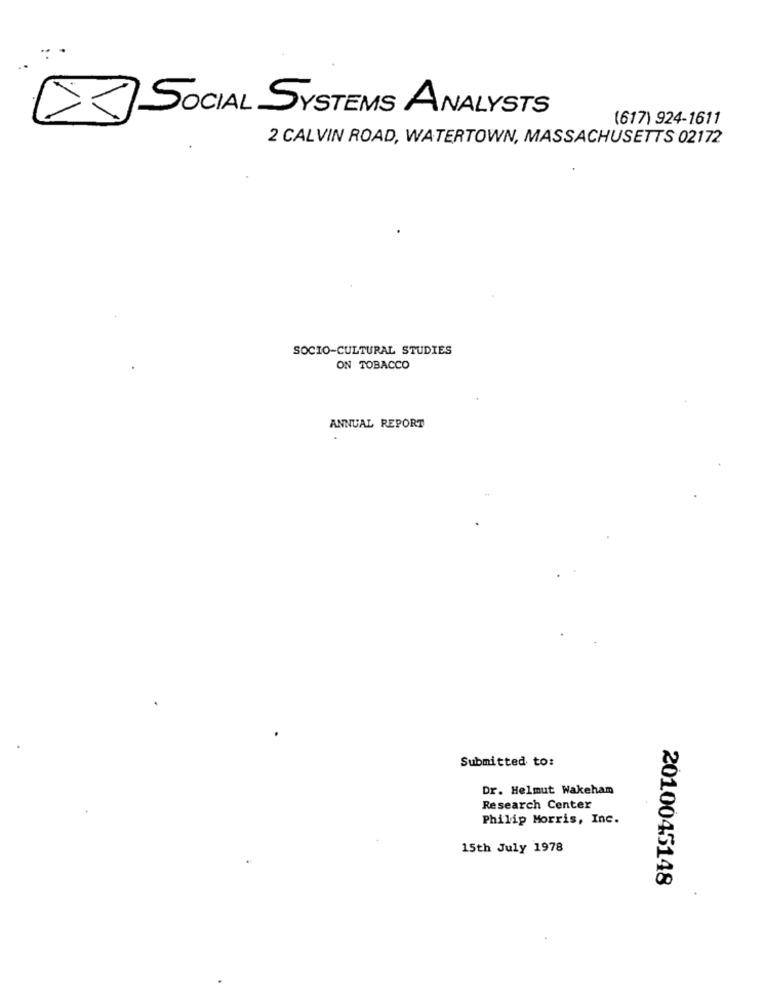
SOCIAL SYSTEMS ANALYSTS
(617) 924-1611
2 CALVIN ROAD, WATERTOWN, MASSACHUSETTS 02172
SOCIO-CULTURAL STUDIES
ON TOBACCO
ANNUAL REPORT
Submitted to:
Dr. Helmut Wakeham
Research Center
Philip Morris, Inc.
15th July 1978
2010045148